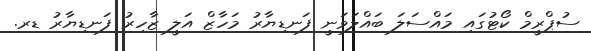
ސުޕްރީމް ކޯޓުގައި މައްސަލަ ބައްލަވަނީ ފަނޑިޔާރު މަހާޒް އަލީ ޒާހިރު ފަނޑިޔާރު ޑރ.